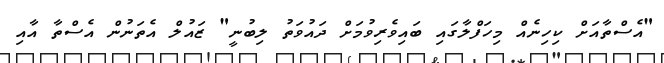
"އެސްތާއަށް ކިހިނެއް މިހަފްލާގައި ބައިވެރިވުމަށް ދައުވަތު ލިބުނީ" ޒައުލް އެތަނުން އެސްތާ އާއި